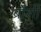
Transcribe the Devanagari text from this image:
ब्रोशी